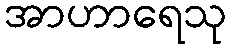
အာဟာရေသု